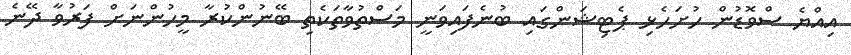
އިއްޔެ ސްވޮޑުން ހުށަހެޅި ޕެޓިޝަންގައި ބުނެފައިވަނީ މަސްތުވާތަކެތި ބޭނުންކުރާ މީހުންނަށް ފަރުވާ ދޭނެ